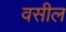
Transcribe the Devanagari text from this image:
वसील